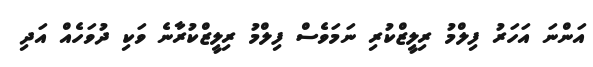
އަންނަ އަހަރު ފިލްމު ރިލީޒްކުރި ނަމަވެސް ފިލްމު ރިލީޒްކުރާނެ ވަކި ދުވަހެއް އަދި